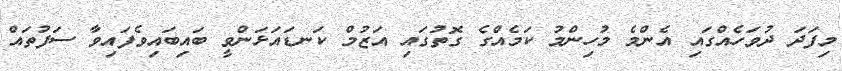
މިފަދަ ދުވަހެއްގައި އެންމެ މުހިންމު ކަމެއްގެ ގޮތުގައި އަޒުމް ކަނޑައަޅަންވީ ބައިބައިވެފައިވާ ސަފުތައް